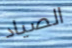
الصياد